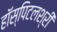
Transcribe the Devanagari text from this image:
हॉस्पिटलश्री